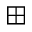
\boxplus